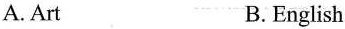
A.Art B.English